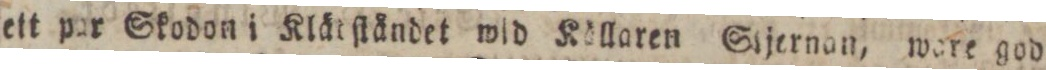
ett par Skodon i Klätſtåndet wid Köllaren Sijernan, ware god